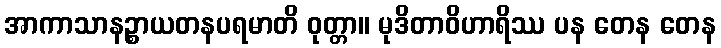
အာကာသာနဉ္စာယတနပရမာတိ ဝုတ္တာ။ မုဒိတာဝိဟာရိဿ ပန တေန တေန